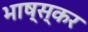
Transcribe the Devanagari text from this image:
भाष्स्कर